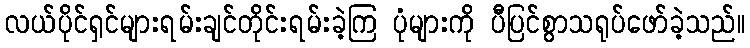
လယ်ပိုင်ရှင်များရမ်းချင်တိုင်းရမ်းခဲ့ကြ ပုံများကို ပီပြင်စွာသရုပ်ဖော်ခဲ့သည်။